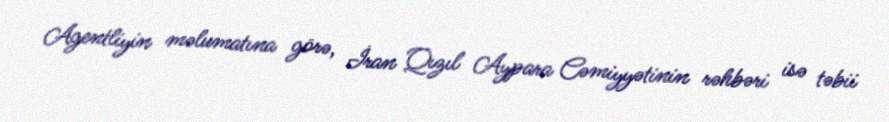
Agentliyin məlumatına görə, İran Qızıl Aypara Cəmiyyətinin rəhbəri isə təbii